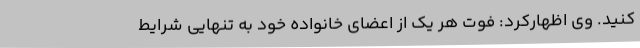
کنید. وی اظهارکرد: فوت هر یک از اعضای خانواده خود به تنهایی شرایط